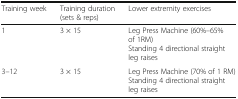
| Training week | Training duration (sets & reps) | Lower extremity exercises |
 | --- | --- | --- |
 | 1 | 3 × 15 | Leg Press Machine (60%–65% of 1RM)Standing 4 directional straight leg raises |
 | 3–12 | 3 × 15 | Leg Press Machine (70% of 1 RM)Standing 4 directional straight leg raises |